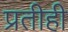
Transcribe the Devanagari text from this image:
प्रतीही